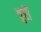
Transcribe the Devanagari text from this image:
बुर्रौ